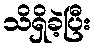
သိရှိခဲ့ပြီး